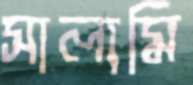
সালামি